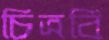
চিত্রবি